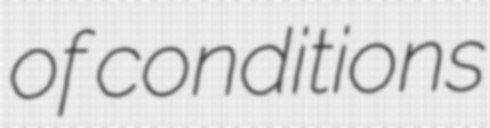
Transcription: of conditions